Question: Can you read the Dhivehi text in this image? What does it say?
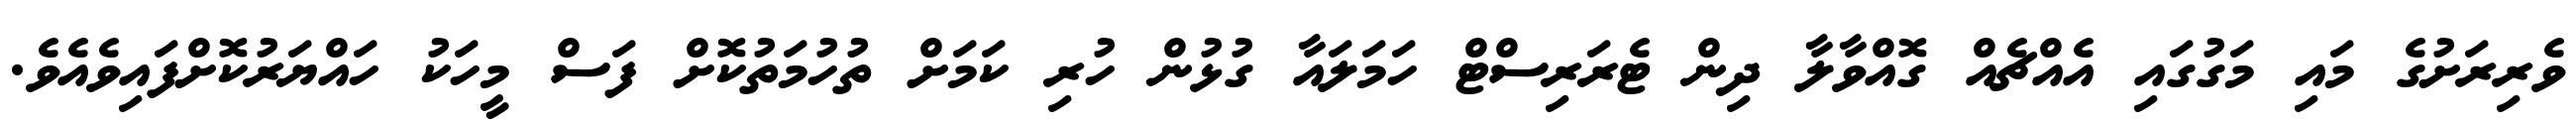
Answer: ވެރިރަށުގެ މައި މަގުގައި އެއްޗެއް ގޮއްވާލާ ދިން ޓެރަރިސްޓް ހަމަލައާ ގުޅުން ހުރި ކަމަށް ތުހުމަތުކޮށް ފަސް މީހަކު ހައްޔަރުކޮށްފައިވެއެވެ.